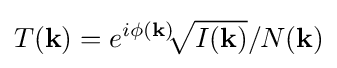
T({\textbf {k}})=e^{i\phi ({\textbf {k}})}{\sqrt[{}]{I({\textbf {k}})}}/N({\textbf {k}})